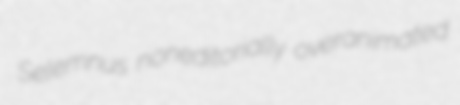
Selemnus noneditorially overanimated